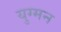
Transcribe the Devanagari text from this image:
युग्‍मन